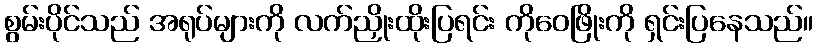
စွမ်းပိုင်သည် အရုပ်များကို လက်ညှိုးထိုးပြရင်း ကိုဝေဖြိုးကို ရှင်းပြနေသည်။